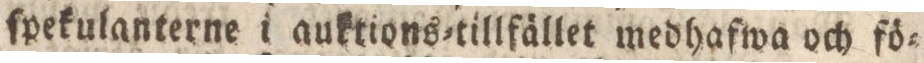
ſpekulanterne i auktions=tillfället medhafwa och fö=